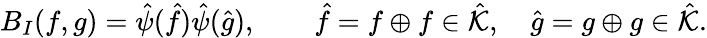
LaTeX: B_{I}(f,g)=\hat{\psi}(\hat{f})\hat{\psi}(\hat{g}),\qquad\hat{f}=f\oplus f\in\hat{\cal K},\quad\hat{g}=g\oplus g\in\hat{\cal K}.